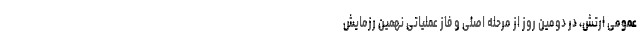
عمومی ارتش، در دومین روز از مرحله اصلی و فاز عملیاتی نهمین رزمایش